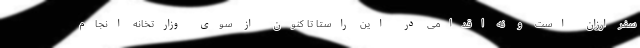
سفر ارزان است و نه اقدامی در این راستا تا کنون از سوی وزارتخانه انجام